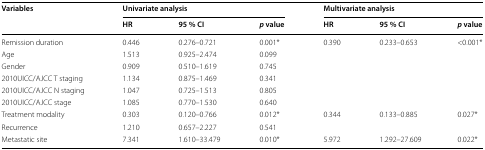
<table><thead><tr><td rowspan="2"><b>Variables</b></td><td colspan="3"><b>Univariate analysis</b></td><td colspan="3"><b>Multivariate analysis</b></td></tr><tr><td><b>HR</b></td><td><b>95 % CI</b></td><td><b><i>p</i> value</b></td><td><b>HR</b></td><td><b>95 % CI</b></td><td><b><i>p</i> value</b></td></tr></thead><tbody><tr><td>Remission duration</td><td>0.446</td><td>0.276–0.721</td><td>0.001*</td><td>0.390</td><td>0.233–0.653</td><td>&lt;0.001*</td></tr><tr><td>Age</td><td>1.513</td><td>0.925–2.474</td><td>0.099</td><td></td><td></td><td></td></tr><tr><td>Gender</td><td>0.909</td><td>0.510–1.619</td><td>0.745</td><td></td><td></td><td></td></tr><tr><td>2010UICC/AJCC T staging</td><td>1.134</td><td>0.875–1.469</td><td>0.341</td><td></td><td></td><td></td></tr><tr><td>2010UICC/AJCC N staging</td><td>1.047</td><td>0.725–1.513</td><td>0.805</td><td></td><td></td><td></td></tr><tr><td>2010UICC/AJCC stage</td><td>1.085</td><td>0.770–1.530</td><td>0.640</td><td></td><td></td><td></td></tr><tr><td>Treatment modality</td><td>0.303</td><td>0.120–0.766</td><td>0.012*</td><td>0.344</td><td>0.133–0.885</td><td>0.027*</td></tr><tr><td>Recurrence</td><td>1.210</td><td>0.657–2.227</td><td>0.541</td><td></td><td></td><td></td></tr><tr><td>Metastatic site</td><td>7.341</td><td>1.610–33.479</td><td>0.010*</td><td>5.972</td><td>1.292–27.609</td><td>0.022*</td></tr></tbody></table>